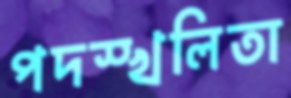
পদস্খলিতা